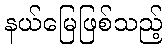
နယ်မြေဖြစ်သည့်